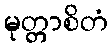
မုတ္တာစိတံ